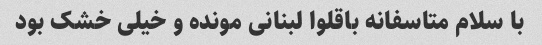
با سلام متاسفانه باقلوا لبنانی مونده و خیلی خشک بود